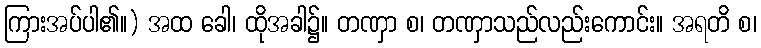
ကြားအပ်ပါ၏။) အထ ခေါ၊ ထိုအခါ၌။ တဏှာ စ၊ တဏှာသည်လည်းကောင်း။ အရတိ စ၊